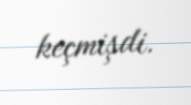
keçmişdi.